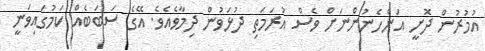
އުމުރުން ދޮށީ އަންހެނުންނަށް ވެސް އުރަމަތި ދުޅަވުން ދިމާވެއެވެ. އޭގެ ސަބަބެއް ކަމުގައިވަނީ